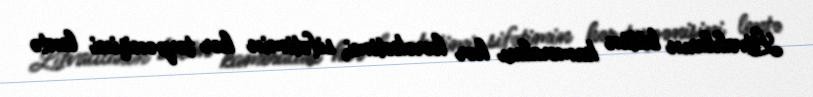
Litvalıların bütün kameraları hər hərəkətimi, sifətimin hər tərpənişini lentə